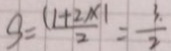
S = \frac { ( 1 + 2 ) \times 1 } { 2 } = \frac { 3 } { 2 }